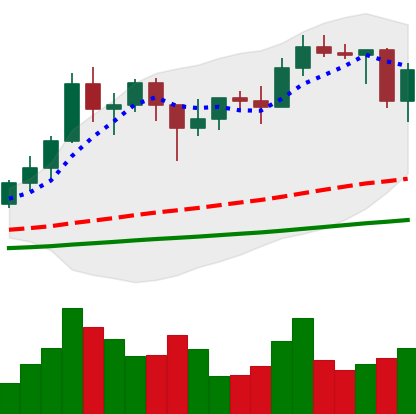
Ticker: ADA-USD
Chart end date: 2021-01-22
Forward return: -10.44%
Label: down_7plus